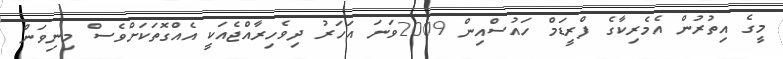
މީގެ އިތުރުން އެމެރިކާގެ ފްރީޑަމް ހައުސްއިން 2009ވަނަ އަހަރު ދިވެހިރާއްޖެއަކީ އެއްގޮތަކަށްވެސް މިނިވަން